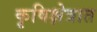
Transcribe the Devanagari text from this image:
कृषिक्षेत्रात